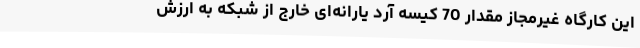
این کارگاه غیرمجاز مقدار 70 کیسه آرد یارانه‌ای خارج از شبکه به ارزش